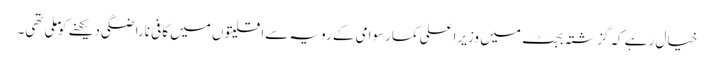
خیال رہے کہ گزشتہ بجٹ میں وزیراعلی کمارسوامی کے رویہ سےاقلیتوں میں کافی ناراضگی دیکھنے کوملی تھی۔